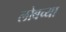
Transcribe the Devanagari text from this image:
लोबच्या